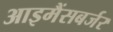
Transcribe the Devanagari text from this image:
आइमैंसबर्जर